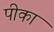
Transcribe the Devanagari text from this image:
पीका